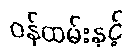
ဝန်ထမ်းနှင့်